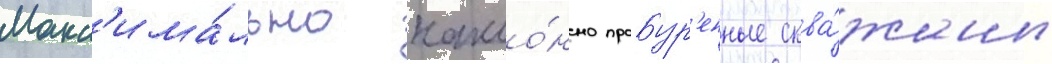
Макс'има́льно накло́нно пробур'енные сква́жины